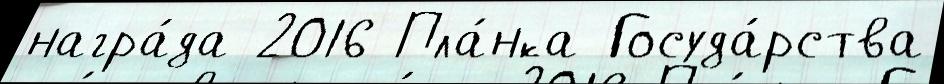
награ́да 2016 Пла́нка Госуда́рства